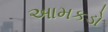
આમકડો